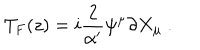
LaTeX: T _ { F } ( z ) = i { \frac { 2 } { \alpha ^ { \prime } } } \psi ^ { \mu } \partial X _ { \mu } \ .